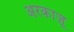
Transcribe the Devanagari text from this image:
अरकाज़ू